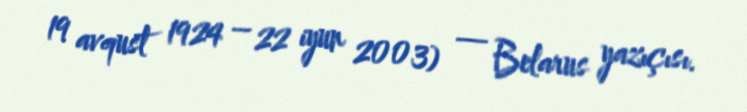
19 avqust 1924 – 22 iyun 2003) — Belarus yazıçısı.